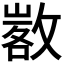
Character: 𢾷